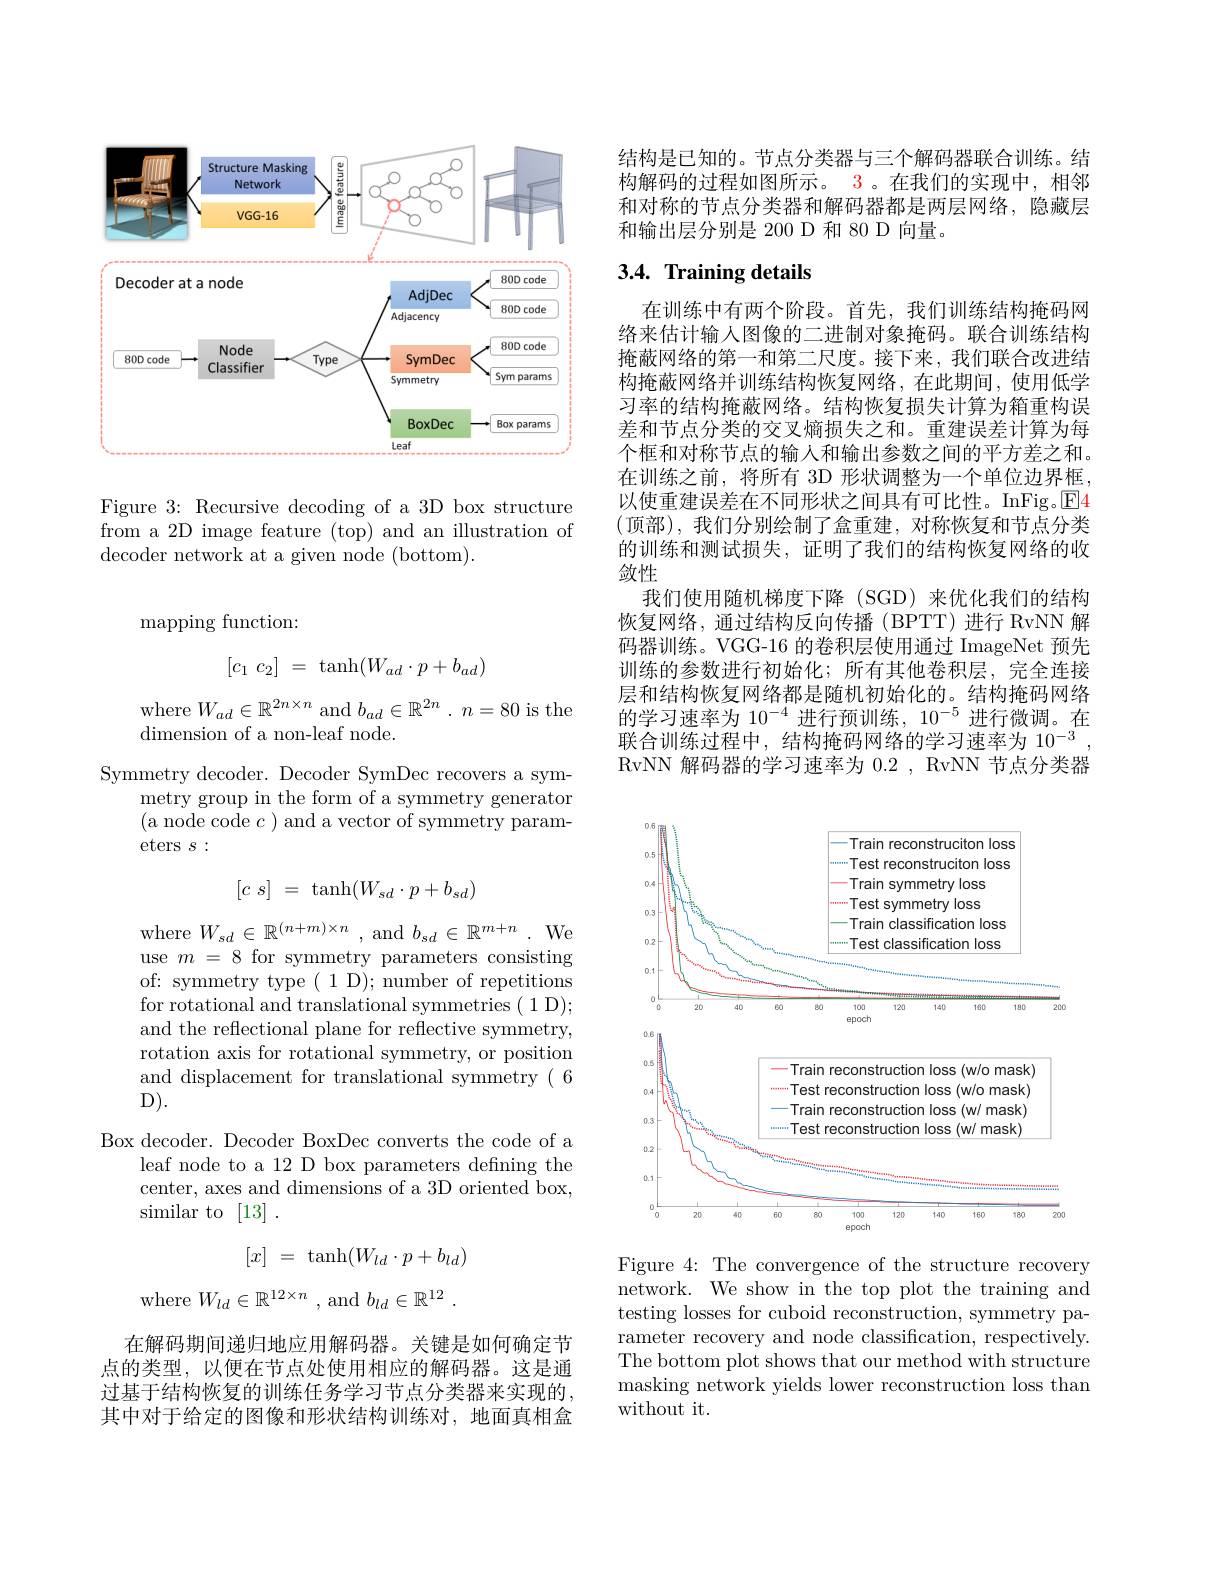
<FigureHere>

Figure 3: Recursive decoding of a 3D box structure from a 2D image feature (top) and an illustration of decoder network at a given node (bottom).

${\mathrm{mapping~function:}}$
$$[c_1\:c_2]\:=\:\tanh(W_{ad}\cdot p+b_{ad})$$
where $W_ad\in\mathbb{R}^{2n\times n}$ and $b_ad\in\mathbb{R}^{2n}.$ $n=80$ is the

dimension of a non-leaf node.
Symmetry decoder. Decoder SymDec recovers a sym-
metry group in the form of a symmetry generator (a node code $c)$ and a vector of symmetry parameters $s:$
$$[c\:s]\:=\:\tanh(W_{sd}\cdot p+b_{sd})$$
where$W_sd\in\mathbb{R}^{(n+m)\times n}$,and$b_sd\in\mathbb{R}^m+n.$We use $m=8$ for symmetry parameters consisting of: symmetry type( 1 D); number of repetitions for rotational and translational symmetries ( 1 D); and the reflectional plane for reflective symmetry, rotation axis for rotational symmetry, or position and displacement for translational symmetry( 6 $D).$
Box decoder. Decoder BoxDec converts the code of a
leaf node to a 12 D box parameters defining the

center, axes and dimensions of a 3D oriented box,
similar to [13].
$$[x]\:=\:\tanh(W_{ld}\cdot p+b_{ld})$$
where $W_ld\in\mathbb{R}^{12\times n}$ , and $b_ld\in \mathbb{R} ^12$ .

在解码期间递归地应用解码器。关键是如何确定节点的类型，以便在节点处使用相应的解码器。这是通过基于结构恢复的训练任务学习节点分类器来实现的， 其中对于给定的图像和形状结构训练对，地面真相盒

结构是已知的。节点分类器与三个解码器联合训练。结构解码的过程如图所示。3 。在我们的实现中，相邻和对称的节点分类器和解码器都是两层网络，隐藏层和输出层分别是 200 D 和 80 D 向量。

## $3. 4. \textbf{Training details}$

在训练中有两个阶段。首先，我们训练结构掩码网络来估计输入图像的二进制对象掩码。联合训练结构掩蔽网络的第一和第二尺度。接下来，我们联合改进结构掩蔽网络并训练结构恢复网络，在此期间，使用低学习率的结构掩蔽网络。结构恢复损失计算为箱重构误差和节点分类的交叉熵损失之和。重建误差计算为每个框和对称节点的输入和输出参数之间的平方差之和。在训练之前，将所有 3D 形状调整为一个单位边界框， 以使重建误差在不同形状之间具有可比性。InFig。$\boxed{\mathrm{E}}$4 (顶部),我们分别绘制了盒重建，对称恢复和节点分类的训练和测试损失，证明了我们的结构恢复网络的收敛性
我们使用随机梯度下降 (SGD)来优化我们的结构恢复网络，通过结构反向传播(BPTT)进行 RvNN 解码器训练。VGG-16 的卷积层使用通过 ImageNet 预先训练的参数进行初始化；所有其他卷积层，完全连接层和结构恢复网络都是随机初始化的。结构掩码网络的学习速率为 10$^{-4}$进行预训练，$10^{-5}$进行微调。在联合训练过程中，结构掩码网络的学习速率为 10$^{-3}$ RvNN 解码器的学习速率为 0.2 , RvNN 节点分类器

<FigureHere>

Figure 4: The convergence of the structure recovery network. We show in the top plot the training and testing losses for cuboid reconstruction, symmetry parameter recovery and node classification, respectively. The bottom plot shows that our method with structure masking network yields lower reconstruction loss than without it.